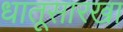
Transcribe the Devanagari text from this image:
धातूसारखा